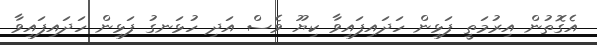
އެގޮތުން އިރުމަތީ ފަޅިން ހަދައިފައިވާ ކިޔޫ ވެސް އަދި ހުޅަނގު ފަޅިން ހަދައިފައިވާ